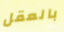
بالعقل